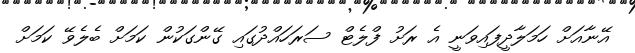
އޭނާއަށް ހަމަލާދީފައިވަނީ އެ ރަށު ފްލެޓް ސަރަހައްދުގައި ގޭންގަކުން ކަމަށް ބެލެވޭ ކަމަށް